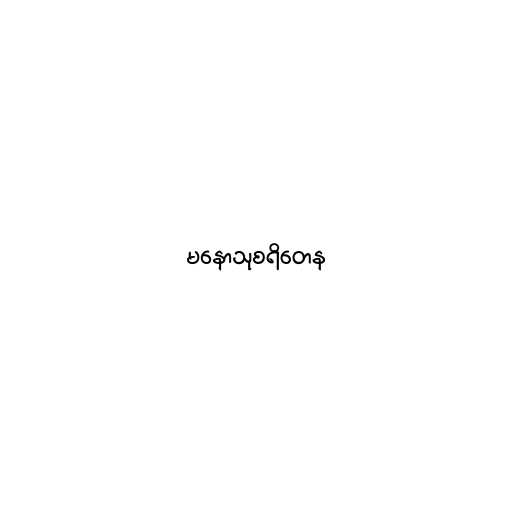
မနောသုစရိတေန